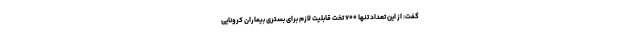
گفت: از این تعداد تنها ۷۰۰ تخت قابلیت لازم برای بستری بیماران کرونایی